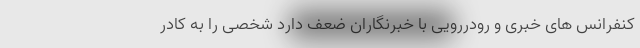
کنفرانس های خبری و رو‌در‌رویی با خبرنگاران ضعف دارد شخصی را به کادر